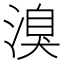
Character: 溴